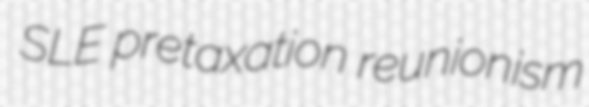
SLE pretaxation reunionism